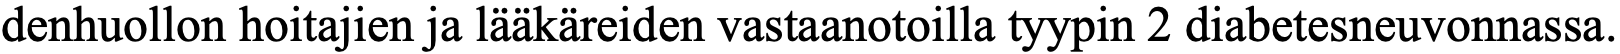
denhuollon hoitajien ja lääkäreiden vastaanotoilla tyypin 2 diabetesneuvonnassa.